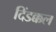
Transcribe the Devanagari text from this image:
दिंडक्कल